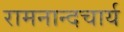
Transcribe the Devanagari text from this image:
रामनान्दचार्य